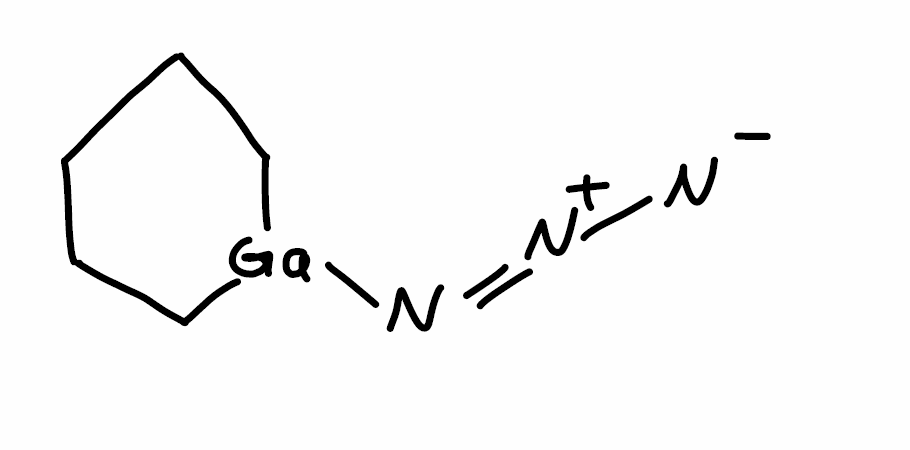
Simplified molecular-input line-entry system (SMILES) notation of the given molecule:
C1CC[Ga](CC1)N=[N+]=[N-]